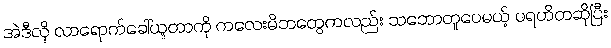
အဲဒီလို လာရောက်ခေါ်ယူတာကို ကလေးမိဘတွေကလည်း သဘောတူပေမယ့် ပရဟိတဆိုပြီး